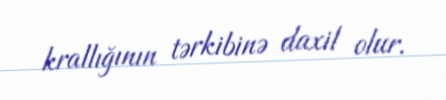
krallığının tərkibinə daxil olur.